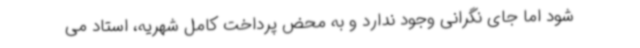
شود اما جای نگرانی وجود ندارد و به محض پرداخت کامل شهریه، استاد می